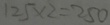
1 2 5 \times 2 = 2 5 0